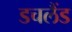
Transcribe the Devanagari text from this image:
डचलैंड